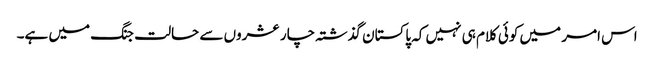
اس امر میں کوئی کلام ہی نہیں کہ پاکستان گذشتہ چار عشروں سے حالت جنگ میں ہے۔